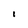
Character: i